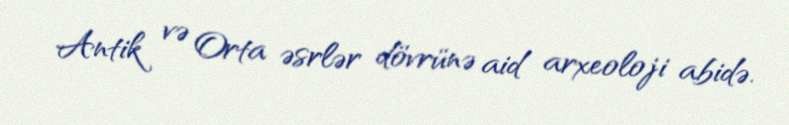
Antik və Orta əsrlər dövrünə aid arxeoloji abidə.